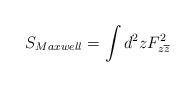
LaTeX: \begin{align*}S_{Maxwell}=\int d^2zF_{z\overline{z}}^2 \end{align*}